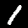
Label: 1